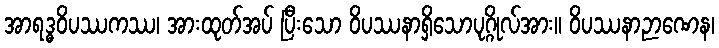
အာရဒ္ဓဝိပဿကဿ၊ အားထုတ်အပ် ပြီးသော ဝိပဿနာရှိသောပုဂ္ဂိုလ်အား။ ဝိပဿနာဉာဏေန၊